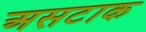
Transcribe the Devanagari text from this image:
असटाक